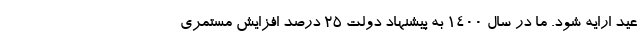
عید ارایه شود. ما در سال ۱۴۰۰ به پیشنهاد دولت ۲۵ درصد افزایش مستمری